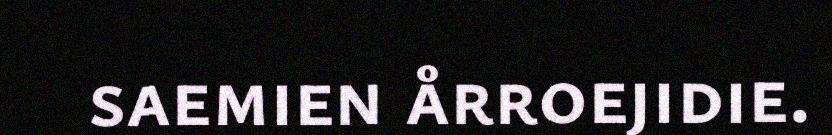
saemien årroejidie.